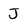
Character: J